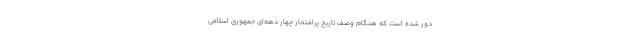
دور شده است که هنگام وصف تاریخ پرافتخار چهار دهه‌ای جمهوری اسلامی